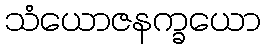
သံယောဇနက္ခယော